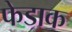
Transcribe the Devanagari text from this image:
फेडाक